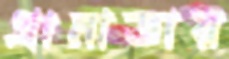
গ্রানাডার